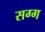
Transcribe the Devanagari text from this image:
सग्ग